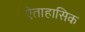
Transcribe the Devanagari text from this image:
ऐताहासिक